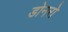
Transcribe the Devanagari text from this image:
डोनरो